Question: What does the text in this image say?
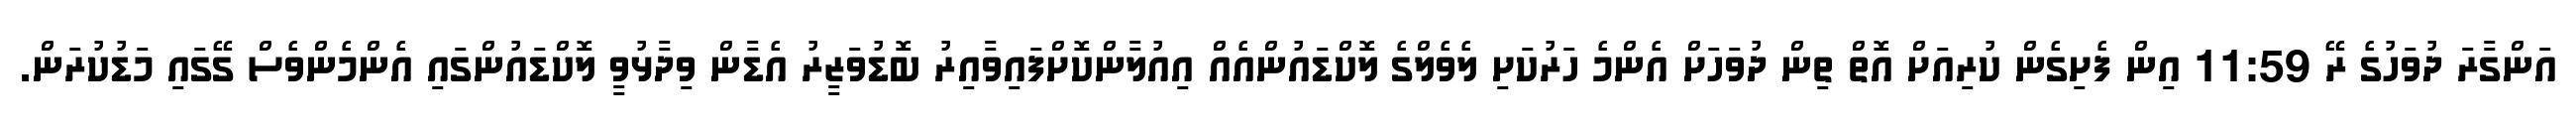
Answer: އަންގާރަ ދުވަހުގެ ރޭ 11:59 އިން ފެށިގެން ކުރިއަށް އޮތް ތިން ދުވަހަށް އެންމެ ހަރުކަށި ލެވެލްގެ ލޮކްޑައުންއެއް އިއުލާންކޮށްފައިވާއިރު ބޮޑުވަޒީރު އެޑާން ވިދާޅުވީ ލޮކްޑައުންގައި އެންމެންވެސް ގޭގައި މަޑުކުރަން.